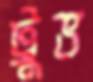
ট্রুভ